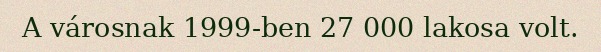
A városnak 1999-ben 27 000 lakosa volt.